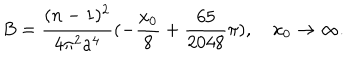
B = \frac { ( n - 1 ) ^ { 2 } } { 4 \pi ^ { 2 } a ^ { 4 } } ( - \frac { x _ { 0 } } { 8 } + \frac { 6 5 } { 2 0 4 8 } \pi ) , ~ x _ { 0 } \rightarrow \infty .